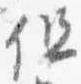
但